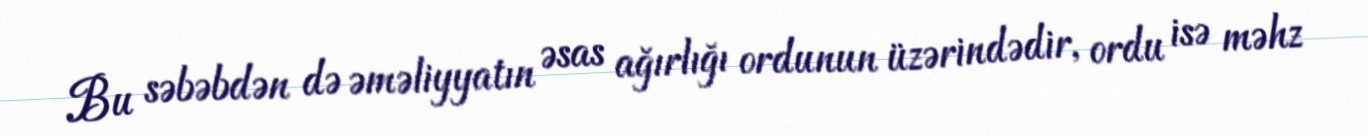
Bu səbəbdən də əməliyyatın əsas ağırlığı ordunun üzərindədir, ordu isə məhz